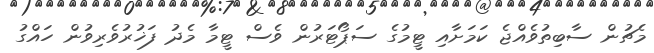
މެޗުން ސާބިތުވެއްޖެ ކަމަށާއި ޓީމުގެ ސަޕޯޓަރުން ވެސް ޓީމާ މެދު ފަޚުރުވެރިވުން ހައްގު